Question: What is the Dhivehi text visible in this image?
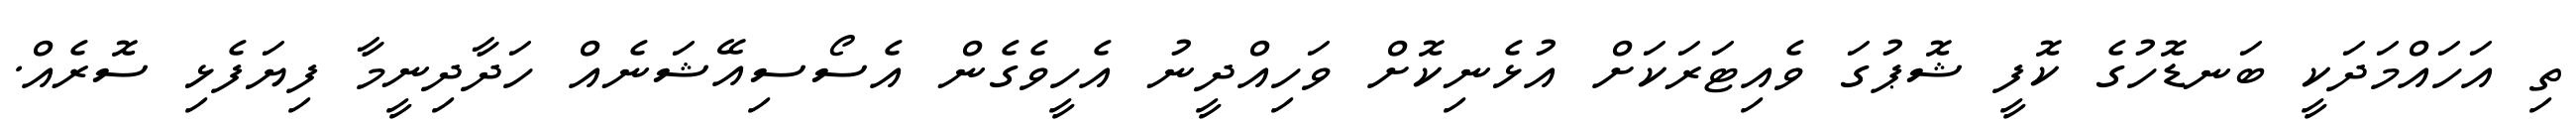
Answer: ތި އަހައްމަދަކީ ބަނޑޮހުގެ ކޮފީ ޝޮޕުގަ ވެއިޓަރަކަށް އުޅެނިކޮށް ވަހިއްދީނު އެހީވެގެން އެސޯސިއޭޝަނެއް ހަދާދިނީމާ ފިޔަފެޅި ސޮރެއް.